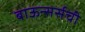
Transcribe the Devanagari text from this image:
बाऊन्सर्सची